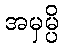
အမှမ္ပိ